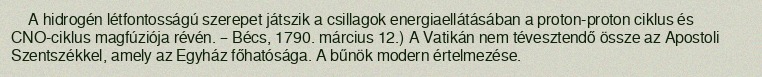
A hidrogén létfontosságú szerepet játszik a csillagok energiaellátásában a proton-proton ciklus és CNO-ciklus magfúziója révén. – Bécs, 1790. március 12.) A Vatikán nem tévesztendő össze az Apostoli Szentszékkel, amely az Egyház főhatósága. A bűnök modern értelmezése.